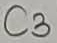
Text: C3